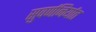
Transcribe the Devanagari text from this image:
सुवर्णनिर्यात